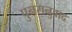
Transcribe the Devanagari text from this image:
पुनरानुवाद